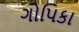
ગોપિકા